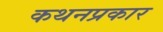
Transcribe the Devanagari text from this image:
कथनप्रकार